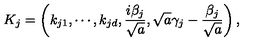
K _ { j } = \left( k _ { j 1 } , \cdots , k _ { j d } , \frac { i \beta _ { j } } { \sqrt { a } } , \sqrt { a } \gamma _ { j } - \frac { \beta _ { j } } { \sqrt { a } } \right) ,